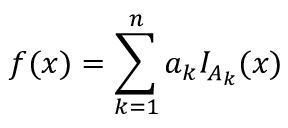
f ( x ) = \sum _ { k = 1 } ^ { n } a _ { k } I _ { A _ { k } } ( x )